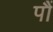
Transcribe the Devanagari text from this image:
पौं